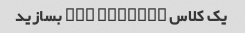
یک کلاس CSS flexbox بسازید